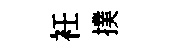
衽撲